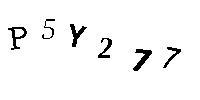
P5Y277